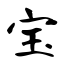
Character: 宝